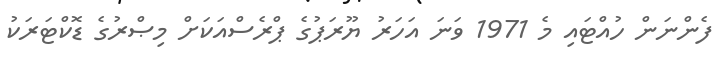
ފެންނަން ހުއްޓައި މެ 1971 ވަނަ އަހަރު ޔޫރަޕުގެ ޕްރެސްއަކަށް މިޞްރުގެ ޑޮކްޓަރަކު